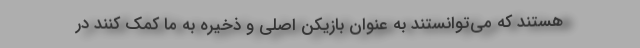
هستند که می‌توانستند به عنوان بازیکن اصلی و ذخیره به ما کمک کنند در